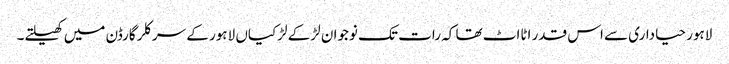
لاہور حیاداری سے اس قدر اٹااٹ تھا کہ رات تک نوجوان لڑکے لڑکیاں لاہور کے سرکلر گارڈن میں کھیلتے۔